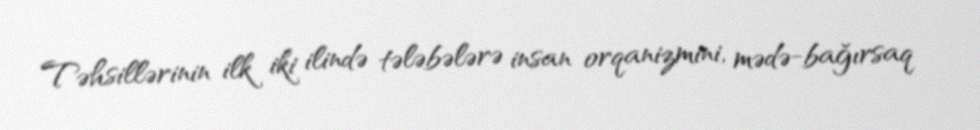
Təhsillərinin ilk iki ilində tələbələrə insan orqanizmini, mədə-bağırsaq